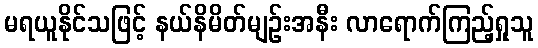
မရယူနိုင်သဖြင့် နယ်နိမိတ်မျဉ်းအနီး လာရောက်ကြည့်ရှုသူ